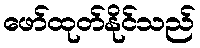
ဖော်ထုတ်နိုင်သည်